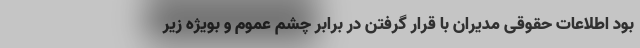
بود اطلاعات حقوقی مدیران با قرار گرفتن در برابر چشم عموم و بویژه زیر